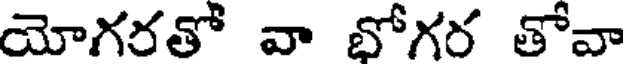
యోగరతో వా భోగర తోవా